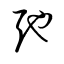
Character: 弛